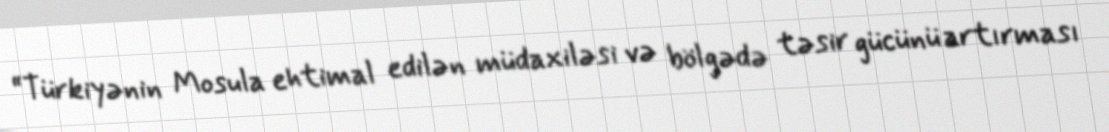
“Türkiyənin Mosula ehtimal edilən müdaxiləsi və bölgədə təsir gücünü artırması